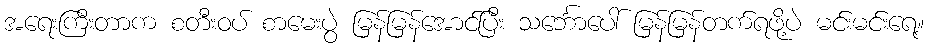
အရေးကြီးတာက စတီးဝပ် စာမေးပွဲ မြန်မြန်အောင်ပြီး သင်္ဘောပေါ် မြန်မြန်တက်ရဖို့ပဲ မင်းမင်းရေ့။